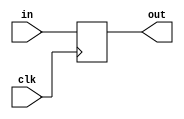
module MyPC(
	input clk,
	input [31:0]in,
	output reg [31:0]out);

initial
begin
	out = 32'b0;
end
	
always@(posedge clk) //Ups
begin
	out = in;
end
endmodule